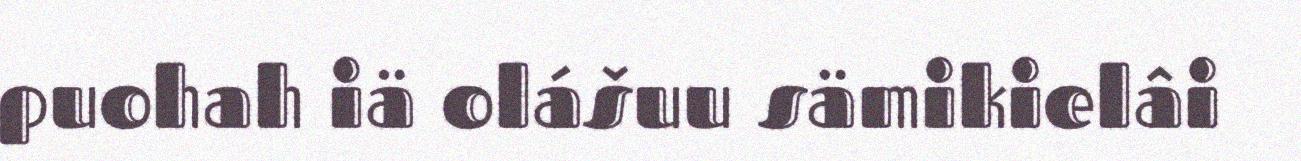
puohah iä olášuu sämikielâi